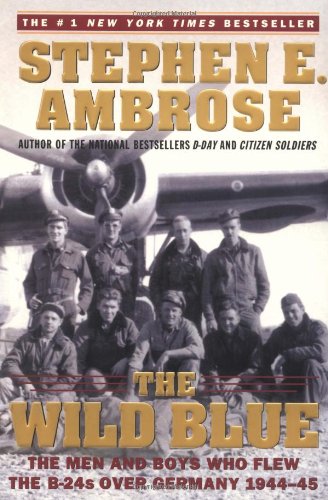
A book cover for The Wild Blue: The Men and Boys Who Flew the B-24s Over Germany 1944-45; Stephen E. Ambrose; History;